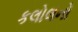
કલોલનો